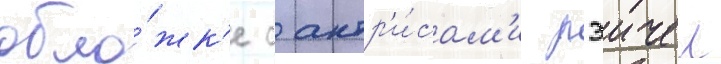
обло́жк'е с актр'и́сам'и рэичел